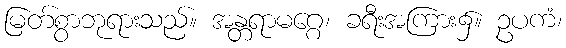
မြတ်စွာဘုရားသည်။ အန္တရာမဂ္ဂေ၊ ခရီးအကြား၌။ ဥပကံ၊